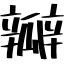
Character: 瓣